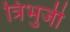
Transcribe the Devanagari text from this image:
त्रिभुजी